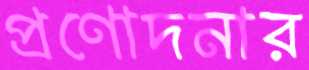
প্রণোদনার